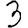
Digit: 3